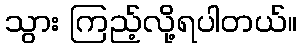
သွား ကြည့်လို့ရပါတယ်။